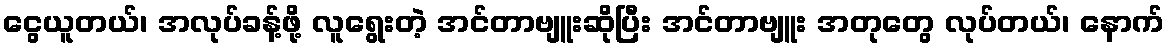
ငွေယူတယ်၊ အလုပ်ခန့်ဖို့ လူရွေးတဲ့ အင်တာဗျူးဆိုပြီး အင်တာဗျူး အတုတွေ လုပ်တယ်၊ နောက်